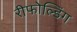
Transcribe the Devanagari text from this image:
रीफोल्डिंग